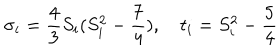
{ \sigma } _ { i } = { \frac { 4 } { 3 } } S _ { i } ( S _ { i } ^ { 2 } - { \frac { 7 } { 4 } } ) , \quad t _ { i } = S _ { i } ^ { 2 } - { \frac { 5 } { 4 } }